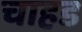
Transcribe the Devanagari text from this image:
चाहड